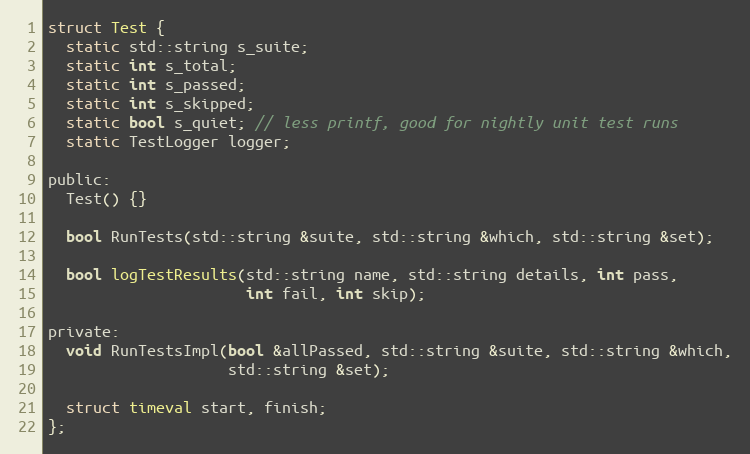
Language: C
struct Test {
  static std::string s_suite;
  static int s_total;
  static int s_passed;
  static int s_skipped;
  static bool s_quiet; // less printf, good for nightly unit test runs
  static TestLogger logger;

public:
  Test() {}

  bool RunTests(std::string &suite, std::string &which, std::string &set);

  bool logTestResults(std::string name, std::string details, int pass,
                      int fail, int skip);

private:
  void RunTestsImpl(bool &allPassed, std::string &suite, std::string &which,
                    std::string &set);

  struct timeval start, finish;
};